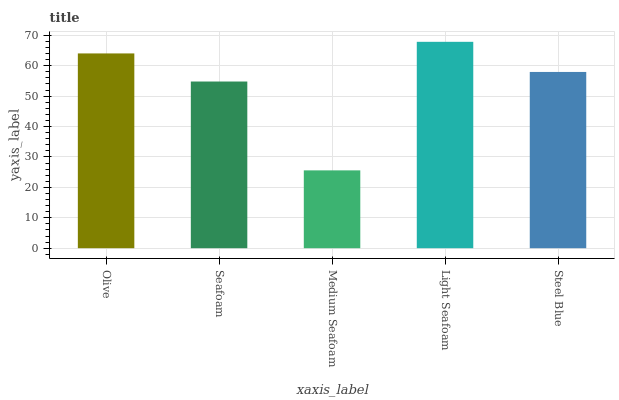
| xaxis_label | bars |
 | --- | --- |
 | Olive | 64 |
 | Seafoam | 54.8 |
 | Medium Seafoam | 25.6 |
 | Light Seafoam | 67.8 |
 | Steel Blue | 57.9 |